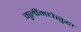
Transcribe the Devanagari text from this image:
मुलींमधेसुद्धा